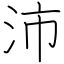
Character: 沛